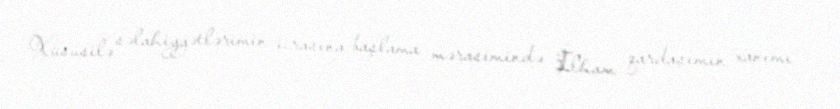
Xüsusilə səlahiyyətlərimin icrasına başlama mərasimində İlham qardaşımın xanımı